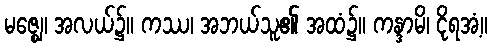
မဇ္ဈေ၊ အလယ်၌။ ကဿ၊ အဘယ်သူ၏ အထံ၌။ ကန္ဒာမိ၊ ငိုရအံ့။